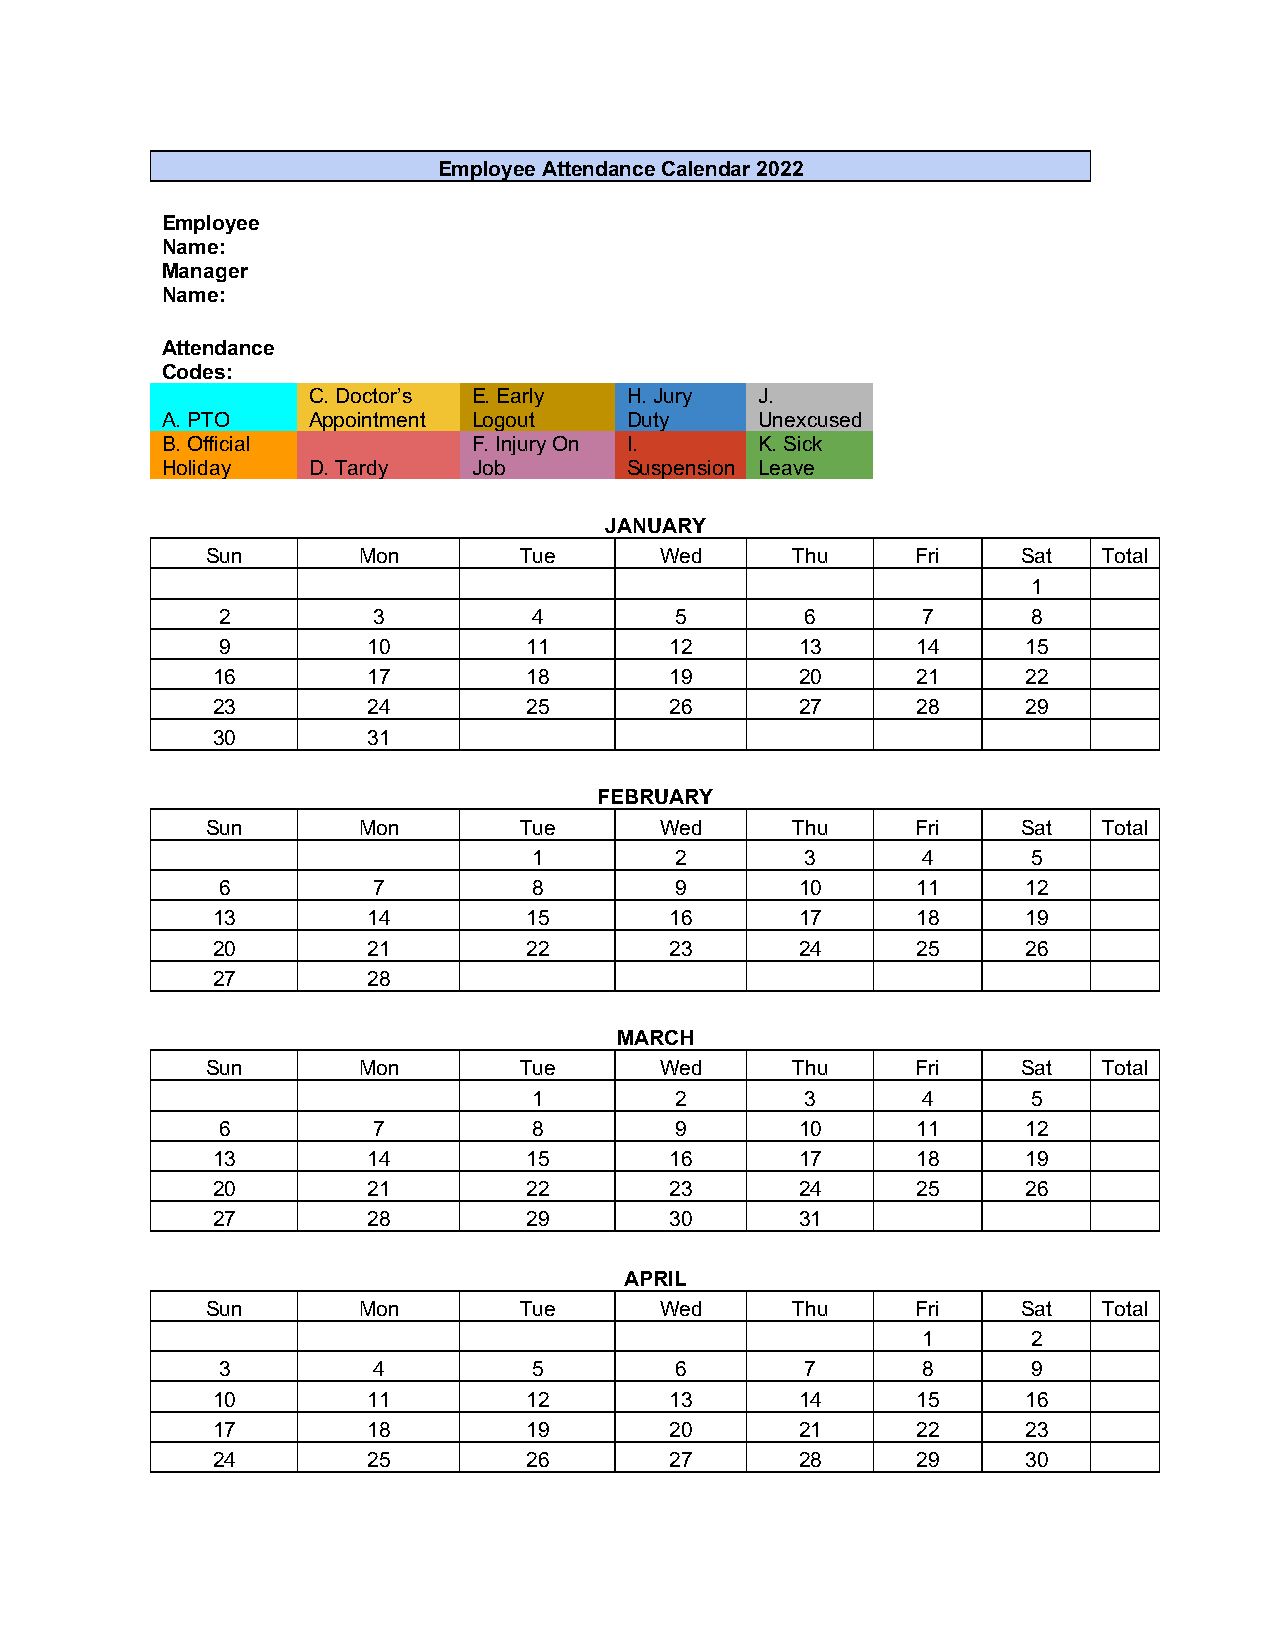
Employee Attendance Calendar 2022
 Employee
 Name:
 Manager
 Name:
 Attendance
 Codes:
 C. Doctor’s E. Early H. Jury  J.
 A. PTO   Appointment Logout   Duty     Unexcused
 B. Official         F. Injury On I.    K. Sick
 Holiday  D. Tardy   Job       Suspension Leave
 JANUARY
 Sun       Mon       Tue       Wed     Thu      Fri    Sat  Total
 1
 2          3         4         5       6       7      8
 9         10         11       12       13      14     15
 16        17         18       19       20      21     22
 23        24         25       26       27      28     29
 30        31
 FEBRUARY
 Sun       Mon       Tue       Wed     Thu      Fri    Sat  Total
 1         2       3       4      5
 6          7         8         9       10      11     12
 13        14         15       16       17      18     19
 20        21         22       23       24      25     26
 27        28
 MARCH
 Sun       Mon       Tue       Wed     Thu      Fri    Sat  Total
 1         2       3       4      5
 6          7         8         9       10      11     12
 13        14         15       16       17      18     19
 20        21         22       23       24      25     26
 27        28         29       30       31
 APRIL
 Sun       Mon       Tue       Wed     Thu      Fri    Sat  Total
 1      2
 3          4         5         6       7       8      9
 10        11         12       13       14      15     16
 17        18         19       20       21      22     23
 24        25         26       27       28      29     30